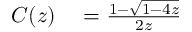
\begin{array} { r l } { C ( z ) } & { { } = { \frac { 1 - { \sqrt { 1 - 4 z } } } { 2 z } } } \end{array}